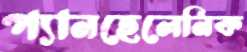
প্যানহেলেনিক